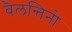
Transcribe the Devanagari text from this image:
वैलन्तिनो